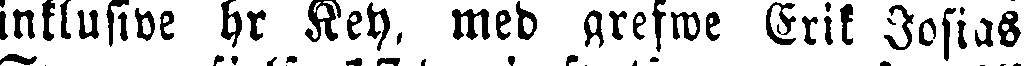
inklusive hr Key, med grefwe Erik Jofias